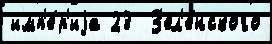
имп'е́р'иjа 23  З'ел'е́нского